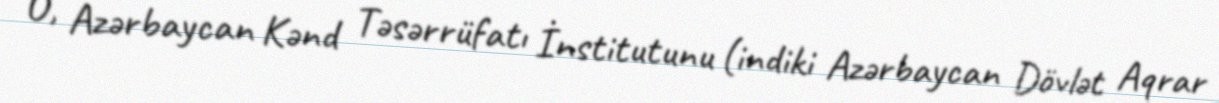
O, Azərbaycan Kənd Təsərrüfatı İnstitutunu (indiki Azərbaycan Dövlət Aqrar